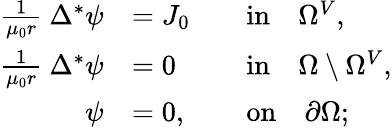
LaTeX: \begin{array}{rlrl}{\frac{1}{\mu_{0}r}~\Delta^{*}\psi}&{=J_{0}}&&{\mathrm{in}\quad\Omega^{V},}\\ {\frac{1}{\mu_{0}r}~\Delta^{*}\psi}&{=0}&&{\mathrm{in}\quad\Omega\setminus\Omega^{V},}\\ {\psi}&{=0,}&&{\mathrm{on}\quad\partial\Omega;}\end{array}